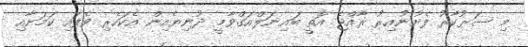
މި ސަރުކާރު ފެށުނުއިރު ރާއްޖެ އޮތީ ބައިނަލްއަގްވާމީ ދުނިޔެއިން އެކަހެރި ވެފައި ކަމަށާއި